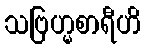
သဗြဟ္မစာရီဟိ